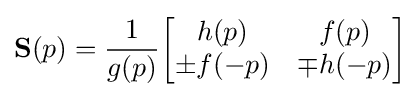
\mathbf {S} (p)={\frac {1}{g(p)}}{\begin{bmatrix}h(p)&f(p)\\\pm f(-p)&\mp h(-p)\end{bmatrix}}